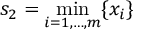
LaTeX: s _ { 2 } = \operatorname* { m i n } _ { i = 1 , \ldots , m } \{ x _ { i } \}